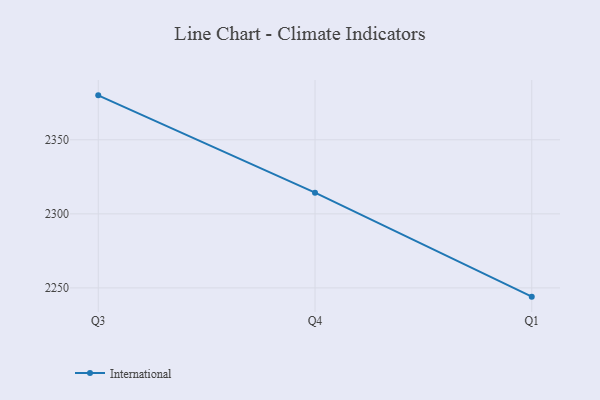
{"axis": {"x": "Quarter", "y": "Headcount"}, "legend": ["International"], "data": [{"x": "Q3", "y": 2380.0, "type": "International"}, {"x": "Q4", "y": 2314.3, "type": "International"}, {"x": "Q1", "y": 2244.1, "type": "International"}]}